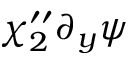
\chi _ { 2 } ^ { \prime \prime } \partial _ { y } \psi